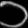
Digit: ၁